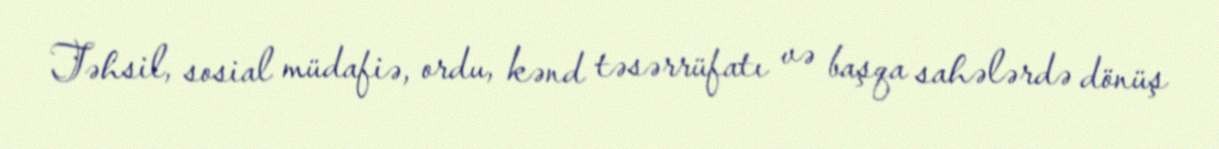
Təhsil, sosial müdafiə, ordu, kənd təsərrüfatı və başqa sahələrdə dönüş